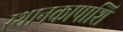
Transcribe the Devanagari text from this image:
स्थानकापाशि